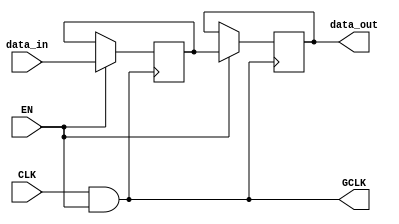
module clock_gating_memory_block (
    input wire CLK,        // Primary clock signal
    input wire EN,         // Enable signal for clock gating
    output wire GCLK,      // Gated clock signal for the memory block
    input wire [7:0] data_in, // Data input for the memory block
    output reg [7:0] data_out // Data output from the memory block
);

// Gated clock generation using AND gate
assign GCLK = CLK & EN;

// Memory block (example: a simple register)
reg [7:0] memory_reg;

// Memory block operation based on gated clock
always @(posedge GCLK) begin
    if (EN) begin
        // Example operation: Write data when enabled
        memory_reg <= data_in; // Write data to memory
    end
end

// Output the memory data
always @(posedge GCLK) begin
    if (EN) begin
        data_out <= memory_reg; // Read data from memory
    end
end

endmodule